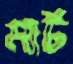
মার্ট